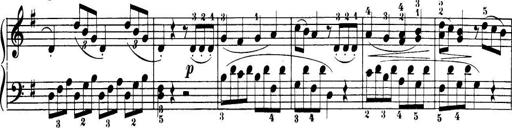
Title: 32 Sonatinas and Rondos for the Piano
Composer: Richard Kleinmichel